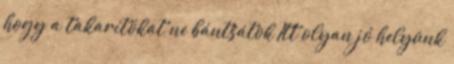
hogy a takarítókat ne bántsátok Itt olyan jó helyünk